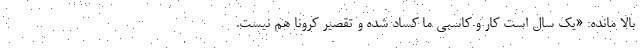
بالا مانده: «یک سال است کار و کاسبی ما کساد شده و تقصیر کرونا هم نیست.